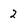
Character: 2